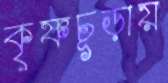
কৃষ্ণচূড়ায়